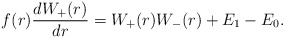
\begin{align*} f(r) \frac{dW_+(r)}{dr} = W_+(r) W_-(r) + E_1 - E_0. \end{align*}